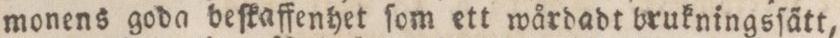
monens goda beſkaffenhet ſom ett wårdadt brukningsſätt,